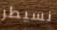
نسيطر